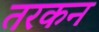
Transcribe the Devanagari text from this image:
तरकन